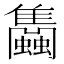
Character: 𧕣